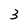
Character: 3